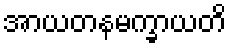
အာယတနမက္ခာယတိ